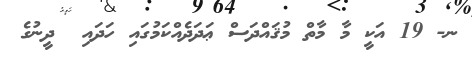
ނ- 19 އަކީ މާ މާތް މުޤައްދަސް ޢަދަދެއްކަމުގައި ހަދައި  ދީނުގެ